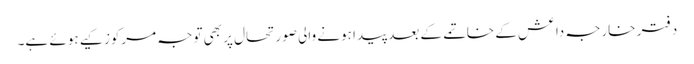
دفتر خارجہ داعش کے خاتمے کے بعد پیدا ہونے والی صورتحال پر بھی توجہ مرکوز کیے ہوئے ہے۔